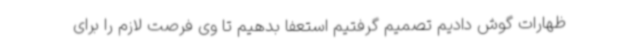
ظهارات گوش دادیم تصمیم گرفتیم استعفا بدهیم تا وی فرصت لازم را برای